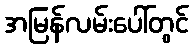
အမြန်လမ်းပေါ်တွင်